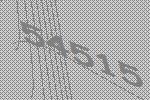
54515